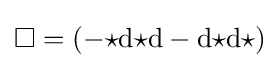
\Box =(-{\star }\mathrm {d} {\star }\mathrm {d} -\mathrm {d} {\star }\mathrm {d} {\star })